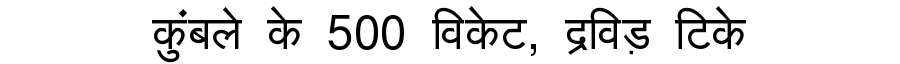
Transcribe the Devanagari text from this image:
कुंबले के 500 विकेट, द्रविड़ टिके